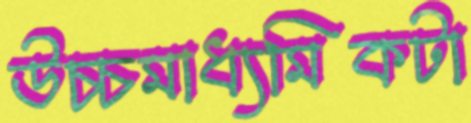
উচ্চমাধ্যমিকটা